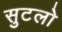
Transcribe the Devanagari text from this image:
सुटलो